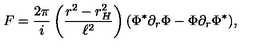
F = \frac { 2 \pi } { i } \left( \frac { r ^ { 2 } - r _ { H } ^ { 2 } } { \ell ^ { 2 } } \right) ( \Phi ^ { * } \partial _ { r } \Phi - \Phi \partial _ { r } \Phi ^ { * } ) ,